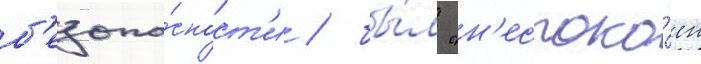
б'езопа́сност'и / бы́л "н'еспоко́ен